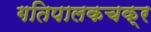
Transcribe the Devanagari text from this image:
गतिपालकचक्र